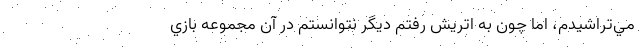
مي‌تراشيدم، اما چون به اتريش رفتم ديگر نتوانستم در آن مجموعه بازي